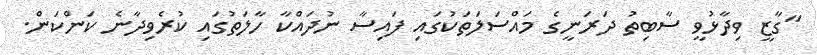
"ގާޒީ ވިދާޅުވީ ސާބިތު ދަރަނީގެ މައްސަލަތަކުގައި ފައިސާ ނުދައްކާ ހާލަތުގައި ކުރެވިދާނެ ކަންކަން.